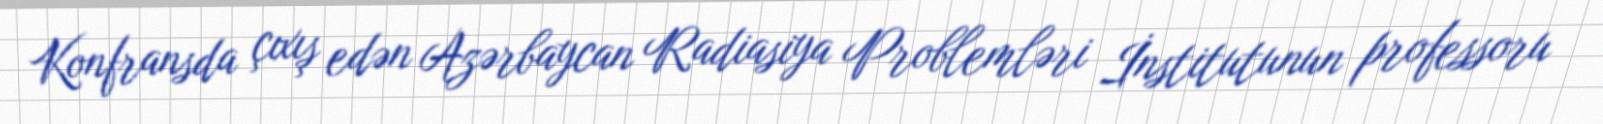
Konfransda çıxış edən Azərbaycan Radiasiya Problemləri İnstitutunun professoru